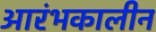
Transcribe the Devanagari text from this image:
आरंभकालीन